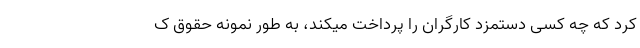
کرد که چه کسی دستمزد کارگران را پرداخت میکند، به طور نمونه حقوق ک